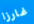
غارزا